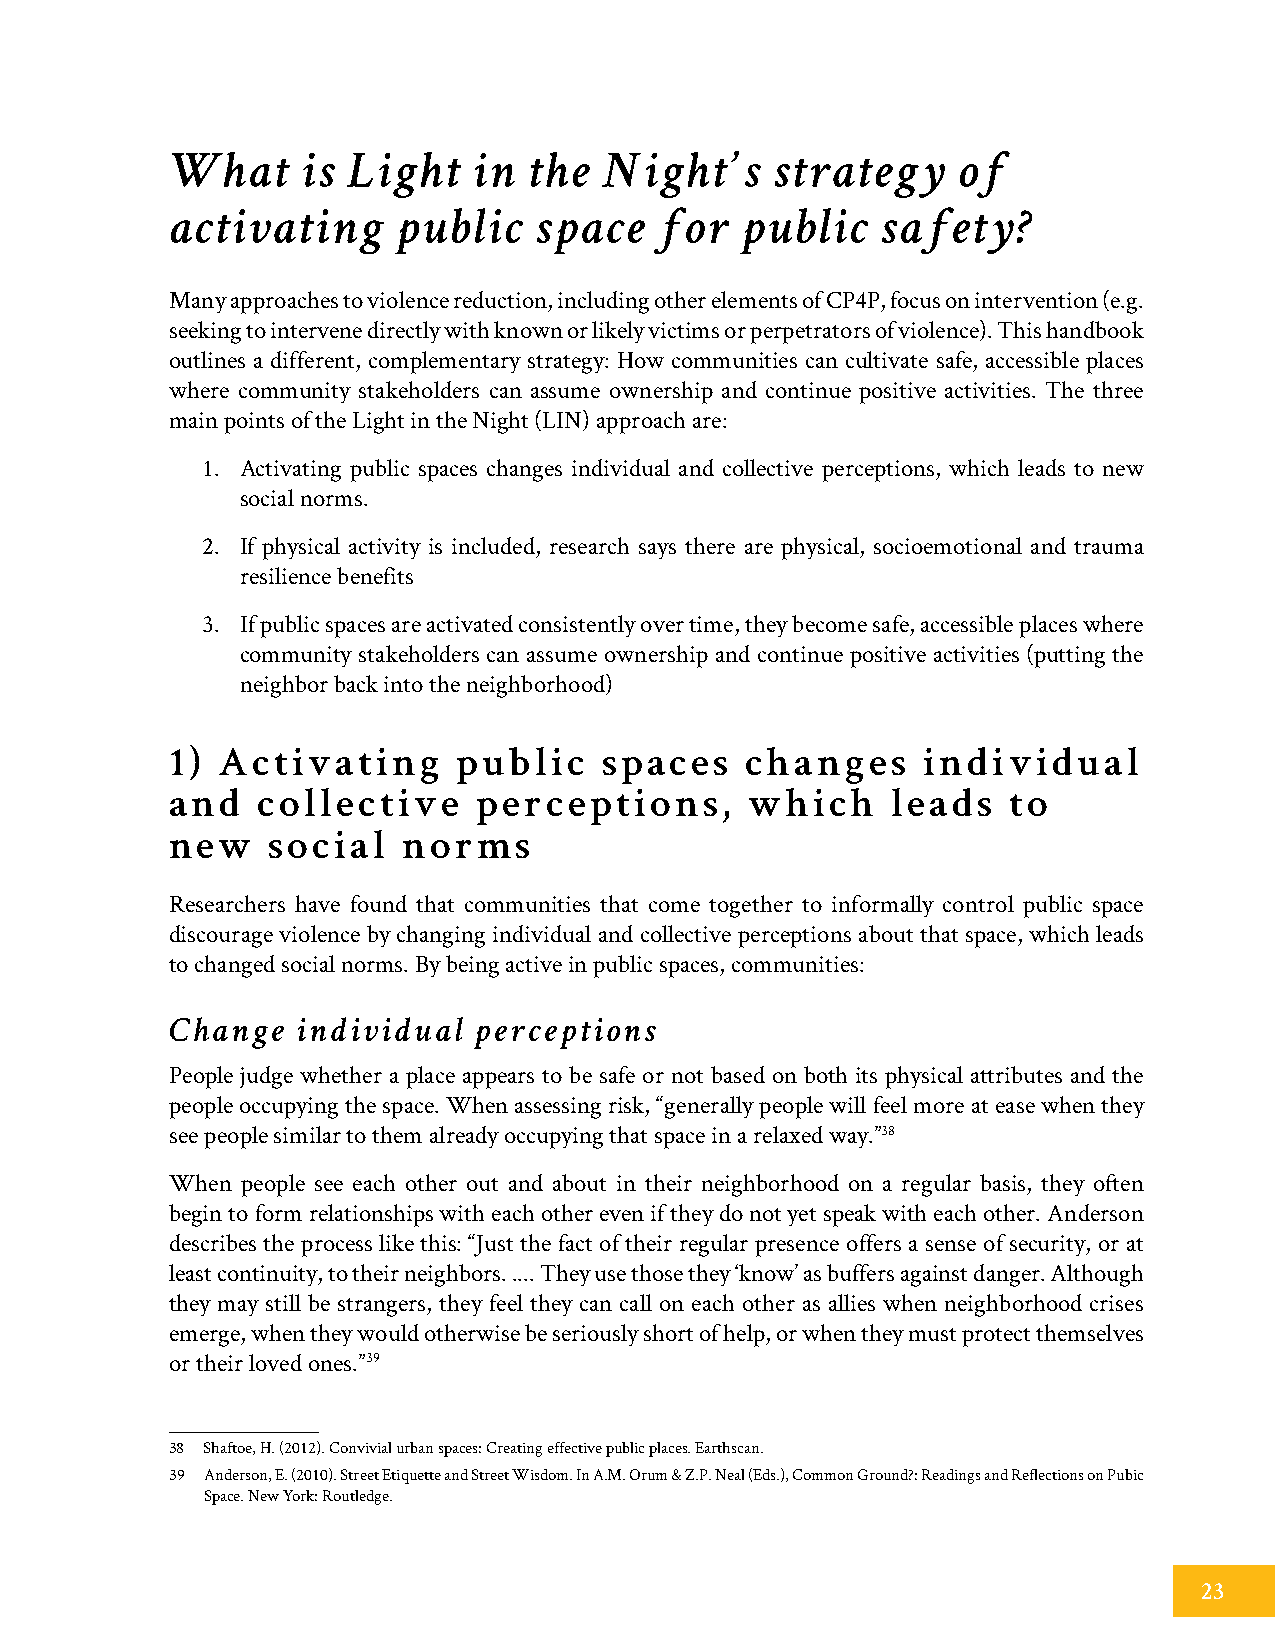
What     is Light   in  the  Night’s    strategy    of
 activating     public   space    for  public   safety?
 Many approaches to violence reduction, including other elements of CP4P, focus on intervention (e.g.
 seeking to intervene directly with known or likely victims or perpetrators of violence). This handbook
 outlines a different, complementary strategy: How communities can cultivate safe, accessible places
 where community stakeholders can assume ownership and continue positive activities. The three
 main points of the Light in the Night (LIN) approach are:
 1. Activating public spaces changes individual and collective perceptions, which leads to new
 social norms.
 2. If physical activity is included, research says there are physical, socioemotional and trauma
 resilience benefits
 3. If public spaces are activated consistently over time, they become safe, accessible places where
 community stakeholders can assume ownership and continue positive activities (putting the
 neighbor back into the neighborhood)
 1) Activating      public    spaces   changes     individual
 and   collective     perceptions,      which    leads   to
 new    social   norms
 Researchers have found that communities that come together to informally control public space
 discourage violence by changing individual and collective perceptions about that space, which leads
 to changed social norms. By being active in public spaces, communities:
 Change   individual perceptions
 People judge whether a place appears to be safe or not based on both its physical attributes and the
 people occupying the space. When assessing risk, “generally people will feel more at ease when they
 see people similar to them already occupying that space in a relaxed way.”38
 When people see each other out and about in their neighborhood on a regular basis, they often
 begin to form relationships with each other even if they do not yet speak with each other. Anderson
 describes the process like this: “Just the fact of their regular presence offers a sense of security, or at
 least continuity, to their neighbors. .... They use those they ‘know’ as buffers against danger. Although
 they may still be strangers, they feel they can call on each other as allies when neighborhood crises
 emerge, when they would otherwise be seriously short of help, or when they must protect themselves
 or their loved ones.”39
 38 Shaftoe, H. (2012). Convivial urban spaces: Creating effective public places. Earthscan.
 39 Anderson, E. (2010). Street Etiquette and Street Wisdom. In A.M. Orum & Z.P. Neal (Eds.), Common Ground?: Readings and Reflections on Pubic
 Space. New York: Routledge.
 23